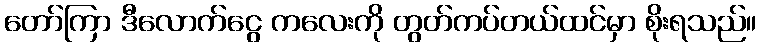
တော်ကြာ ဒီလောက်ငွေ ကလေးကို တွတ်ကပ်တယ်ထင်မှာ စိုးရသည်။